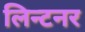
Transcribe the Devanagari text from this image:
लिन्टनर